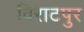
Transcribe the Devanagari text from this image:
विराटपुर